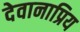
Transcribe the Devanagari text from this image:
देवानाप्रिय